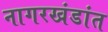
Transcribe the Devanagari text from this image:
नागरखंडांत